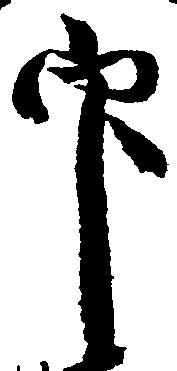
印